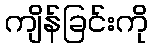
ကျိန်ခြင်းကို